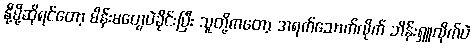
နို့မို့ဆိုရင်တော့ မိန်းမတွေပဲခိုင်းပြီး သူတို့ကတော့ အရက်သောက်လိုက် ဘိန်းရှူလိုက်ပဲ